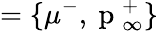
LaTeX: =\lbrace\mu^{-},\mathrm{~p~}_{\infty}^{+}\rbrace